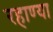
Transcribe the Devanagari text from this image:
रहाण्या